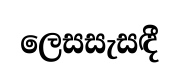
ලෙසසැසඳී